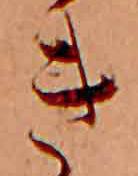
き